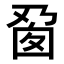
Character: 𬼎